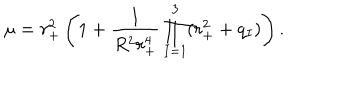
\mu = r _ { + } ^ { 2 } \left( 1 + \frac { 1 } { R ^ { 2 } r _ { + } ^ { 4 } } \prod _ { I = 1 } ^ { 3 } ( r _ { + } ^ { 2 } + q _ { I } ) \right) .